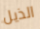
الذيل